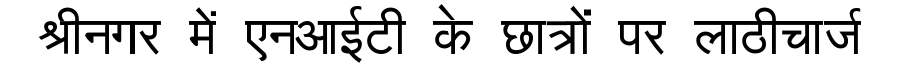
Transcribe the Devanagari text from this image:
श्रीनगर में एनआईटी के छात्रों पर लाठीचार्ज